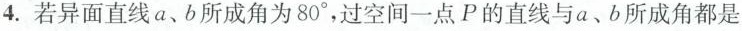
4.若异面直线a、b所成角为80°，过空间一点P的直线与a、b所成角都是